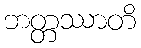
ဘတ္တဿာတိ